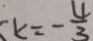
k = - \frac { 4 } { 3 }